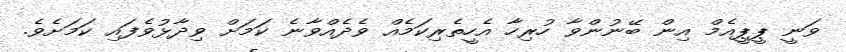
ވަނީ ޕީޕީއެމް އިން ބޭނުންވާ ހުރިހާ އެހީތެެރިކަމެއް ވެދެއްވާނެ ކަަމަށް ވިދާޅުވެފައި ކަމަށެވެ.